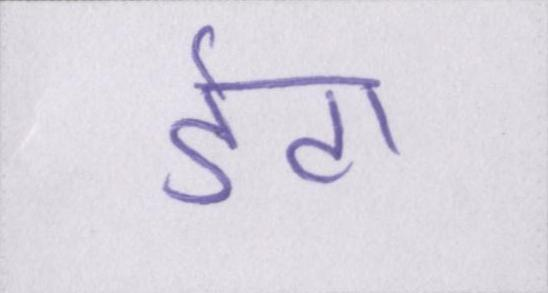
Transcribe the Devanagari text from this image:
डेटा